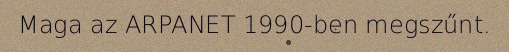
Maga az ARPANET 1990-ben megszűnt.